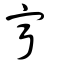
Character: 寕